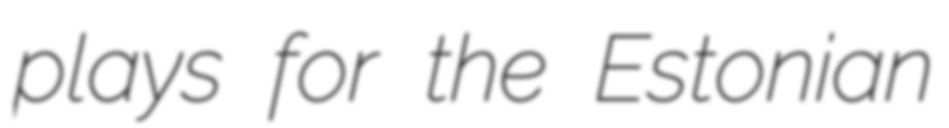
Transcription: plays for the Estonian